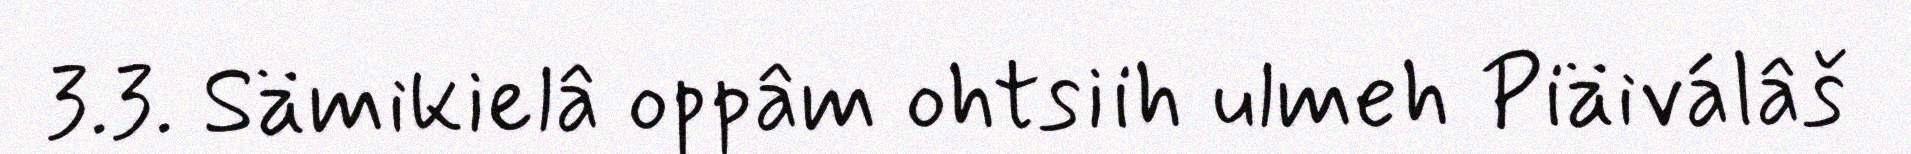
3.3. Sämikielâ oppâm ohtsiih ulmeh Piäiválâš